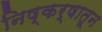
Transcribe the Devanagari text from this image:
निष्कर्षातून